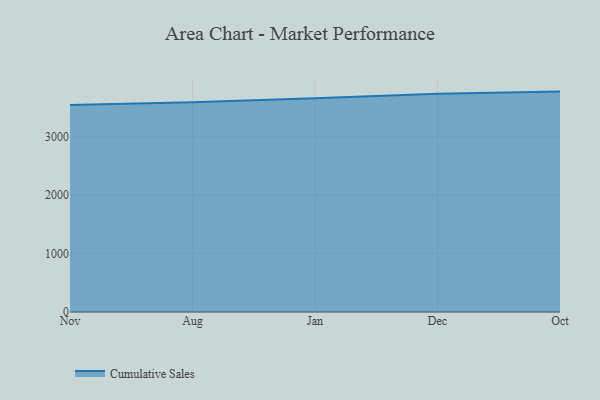
{"axis": {"x": "Month", "y": "Humidity (%)"}, "legend": ["Cumulative Sales"], "data": [{"x": "Nov", "y": 3545.5, "type": "Cumulative Sales"}, {"x": "Aug", "y": 3593.6, "type": "Cumulative Sales"}, {"x": "Jan", "y": 3660.4, "type": "Cumulative Sales"}, {"x": "Dec", "y": 3739.0, "type": "Cumulative Sales"}, {"x": "Oct", "y": 3774.1, "type": "Cumulative Sales"}]}